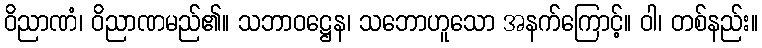
ဝိညာဏံ၊ ဝိညာဏမည်၏။ သဘာဝဋ္ဌေန၊ သဘောဟူသော အနက်ကြောင့်။ ဝါ၊ တစ်နည်း။